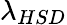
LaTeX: \lambda_{HSD}